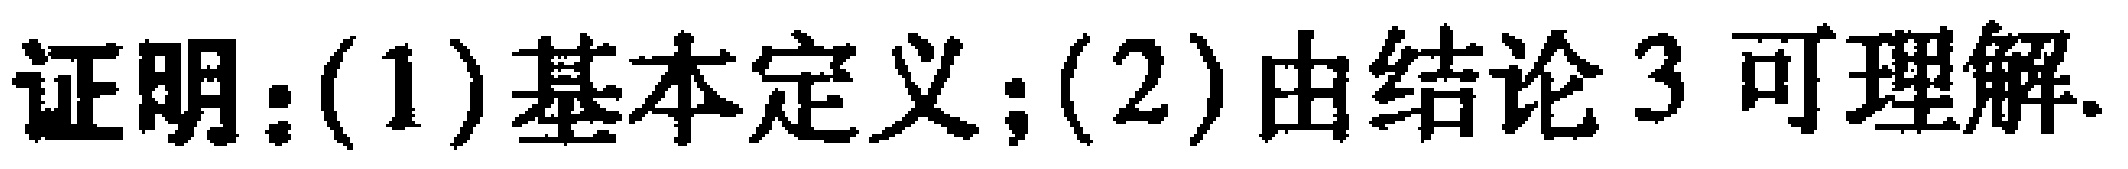
证明：(1)基本定义；(2)由结论3可理解.